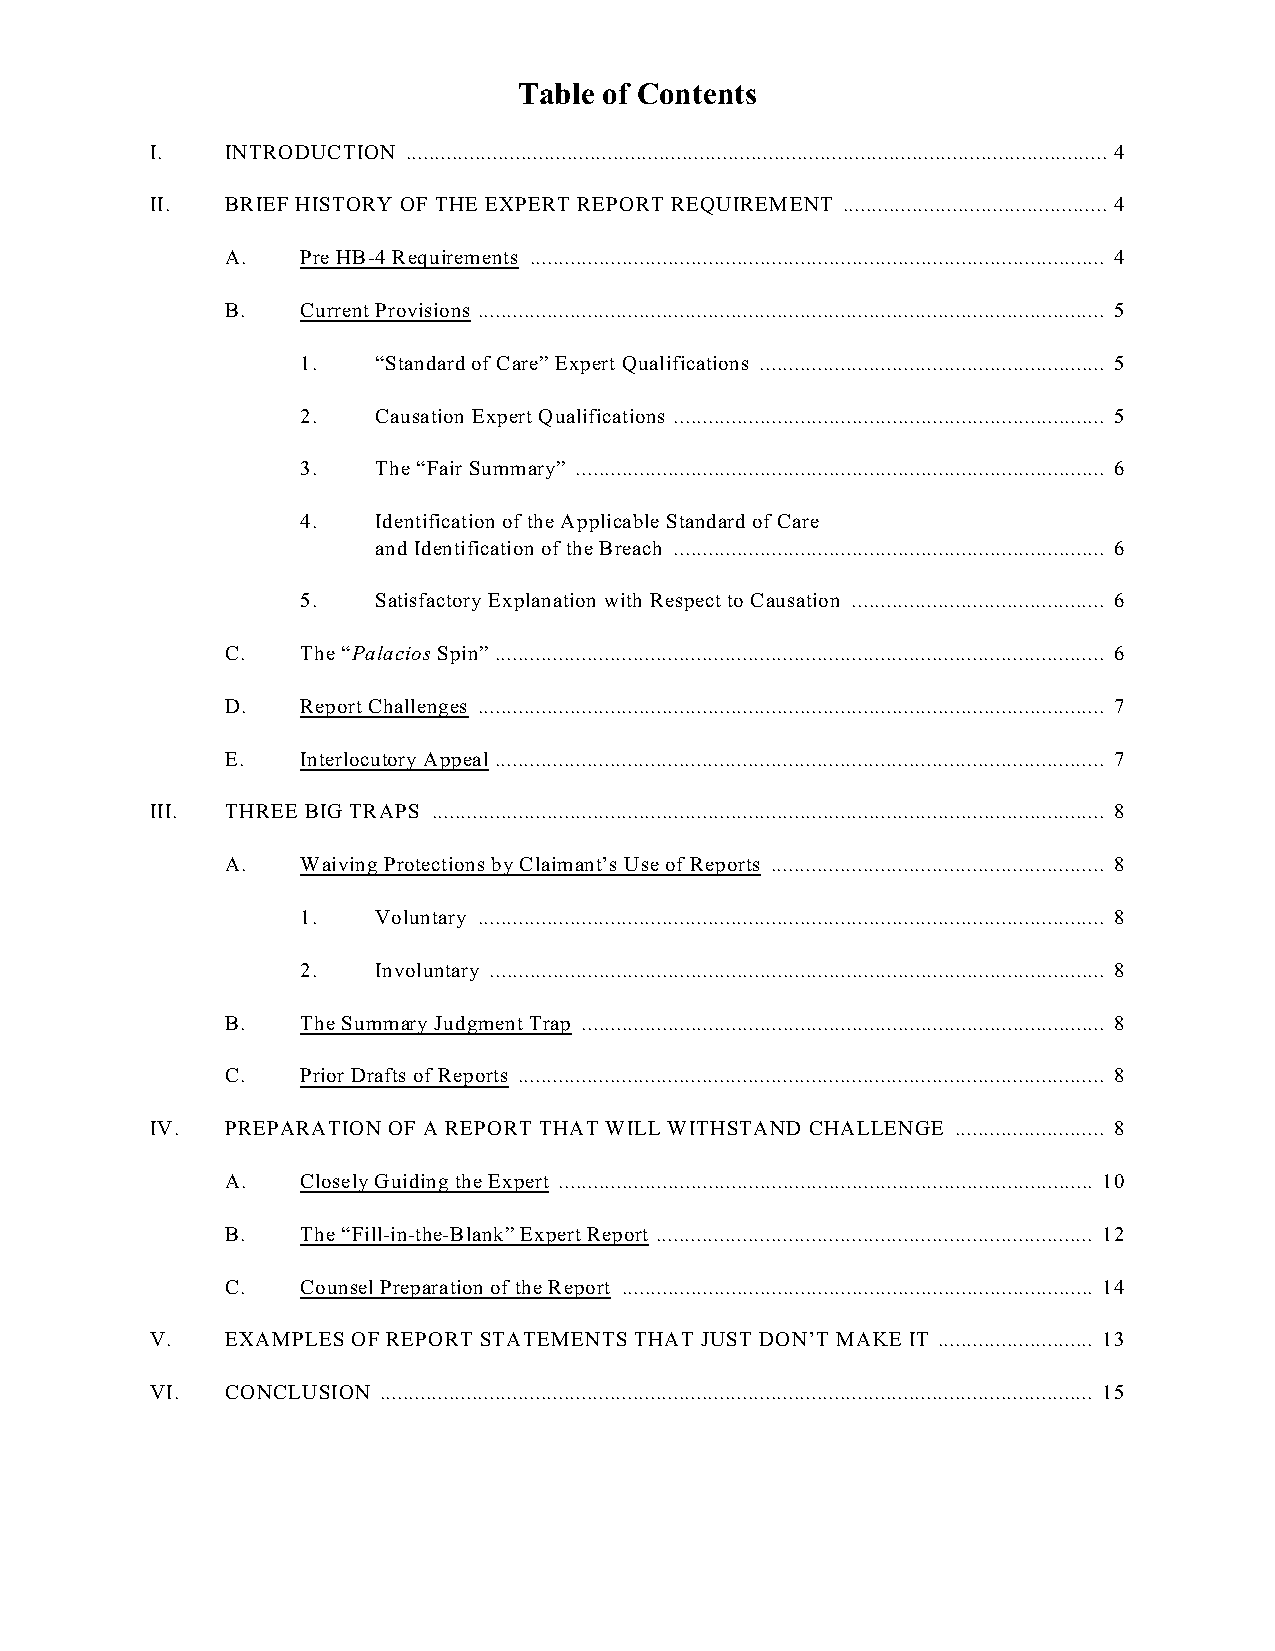
Table of Contents
 I.   INTRODUCTION .......................................................................................................................... 4
 II.  BRIEF HISTORY OF THE EXPERT REPORT REQUIREMENT .............................................. 4
 A.   Pre HB-4 Requirements .................................................................................................... 4
 B.   Current Provisions ............................................................................................................. 5
 1.   “Standard of Care” Expert Qualifications ............................................................ 5
 2.   Causation Expert Qualifications ........................................................................... 5
 3.   The “Fair Summary” ............................................................................................ 6
 4.   Identification of the Applicable Standard of Care
 and Identification of the Breach ........................................................................... 6
 5.   Satisfactory Explanation with Respect to Causation ............................................ 6
 C.   The “Palacios Spin” .......................................................................................................... 6
 D.   Report Challenges ............................................................................................................. 7
 E.   Interlocutory Appeal .......................................................................................................... 7
 III. THREE BIG TRAPS ..................................................................................................................... 8
 A.   Waiving Protections by Claimant’s Use of Reports .......................................................... 8
 1.   Voluntary ............................................................................................................. 8
 2.   Involuntary ........................................................................................................... 8
 B.   The Summary Judgment Trap ........................................................................................... 8
 C.   Prior Drafts of Reports ...................................................................................................... 8
 IV.  PREPARATION OF A REPORT THAT WILL WITHSTAND CHALLENGE .......................... 8
 A.   Closely Guiding the Expert ............................................................................................. 10
 B.   The “Fill-in-the-Blank” Expert Report ............................................................................ 12
 C.   Counsel Preparation of the Report .................................................................................. 14
 V.   EXAMPLES OF REPORT STATEMENTS THAT JUST DON’T MAKE IT ........................... 13
 VI.  CONCLUSION ............................................................................................................................ 15